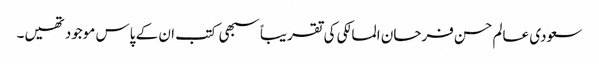
سعودی عالم حسن فرحان المالکی کی تقریباً سبھی کتب ان کے پاس موجود تھیں۔